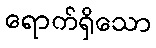
ရောက်ရှိသော